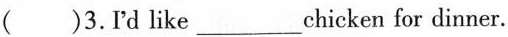
( )3.Pd like___chicken for dinner.